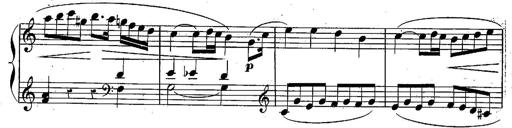
Title: Piano Sonatine
Composer: Jacques-Louis Battmann